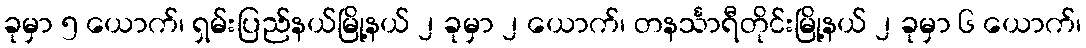
ခုမှာ ၅ ယောက်၊ ရှမ်းပြည်နယ်မြို့နယ် ၂ ခုမှာ ၂ ယောက်၊ တနင်္သာရီတိုင်းမြို့နယ် ၂ ခုမှာ ၆ ယောက်၊